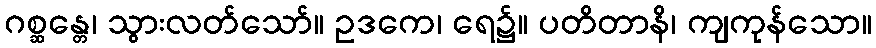
ဂစ္ဆန္တေ၊ သွားလတ်သော်။ ဥဒကေ၊ ရေ၌။ ပတိတာနိ၊ ကျကုန်သော။